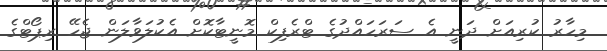
މިހާރު ކުރިއަށް ދަނީ އެ ސަރަހައްދުގެ ޓްރެފިކް މޮނީޓާކޮށް އެކުލަވާލަން ޖެހޭ ރިޕޯޓްގެ